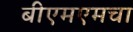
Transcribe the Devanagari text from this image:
बीएमएमचा